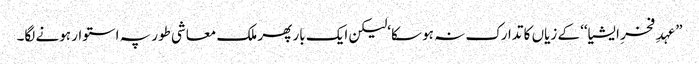
”عہدِ فخرِ ایشیا‘‘ کے زیاں کا تدارک نہ ہو سکا‘لیکن ایک بار پھر ملک معاشی طور پہ استوار ہونے لگا۔